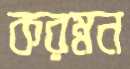
করম্নন